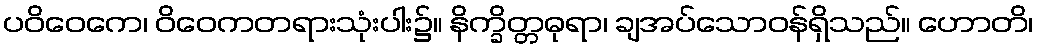
ပဝိဝေကေ၊ ဝိဝေကတရားသုံးပါး၌။ နိက္ခိတ္တဓုရာ၊ ချအပ်သောဝန်ရှိသည်။ ဟောတိ၊